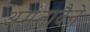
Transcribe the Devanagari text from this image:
अमंतादैने